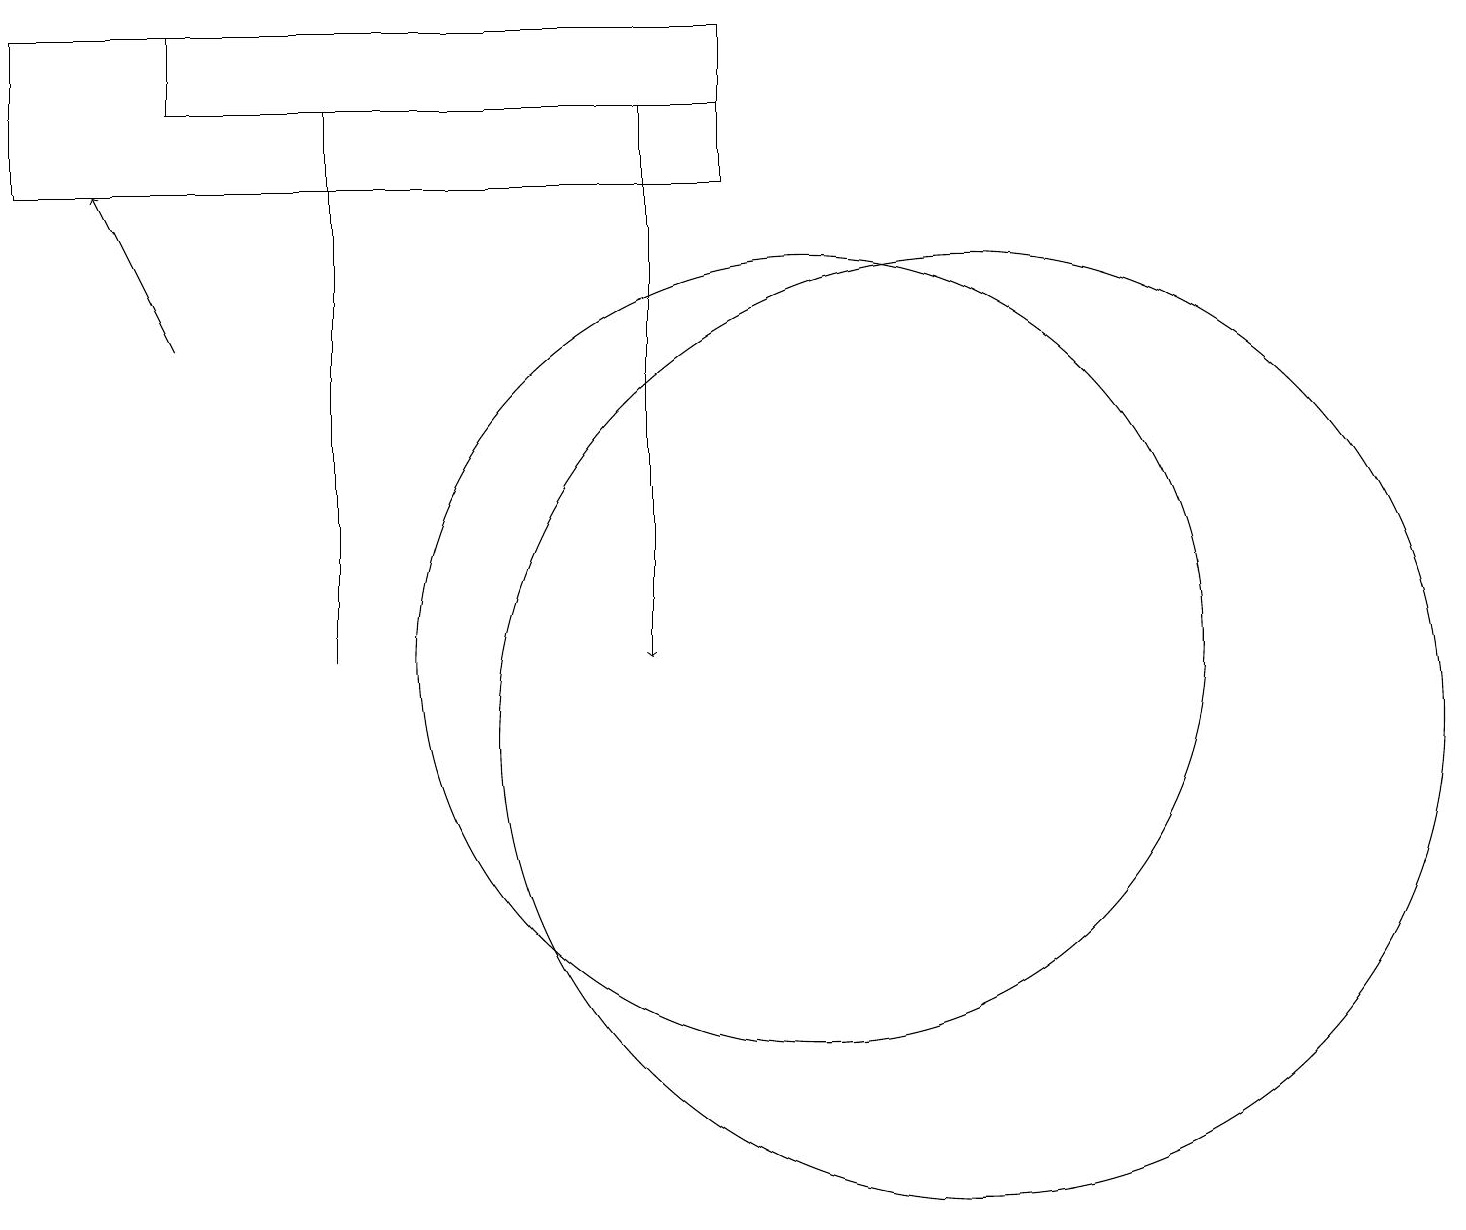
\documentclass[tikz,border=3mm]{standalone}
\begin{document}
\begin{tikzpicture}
\draw (9,17) rectangle (0,19);
\draw (10,11) circle (5);
\draw (12,10) circle (6);
\draw (4,11) rectangle (4,18);
\draw[->] (8,18) -- (8,11);
\draw (2,19) rectangle (9,18);
\draw[->] (2,15) -- (1,17);
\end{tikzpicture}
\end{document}